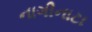
નાગીનાટા